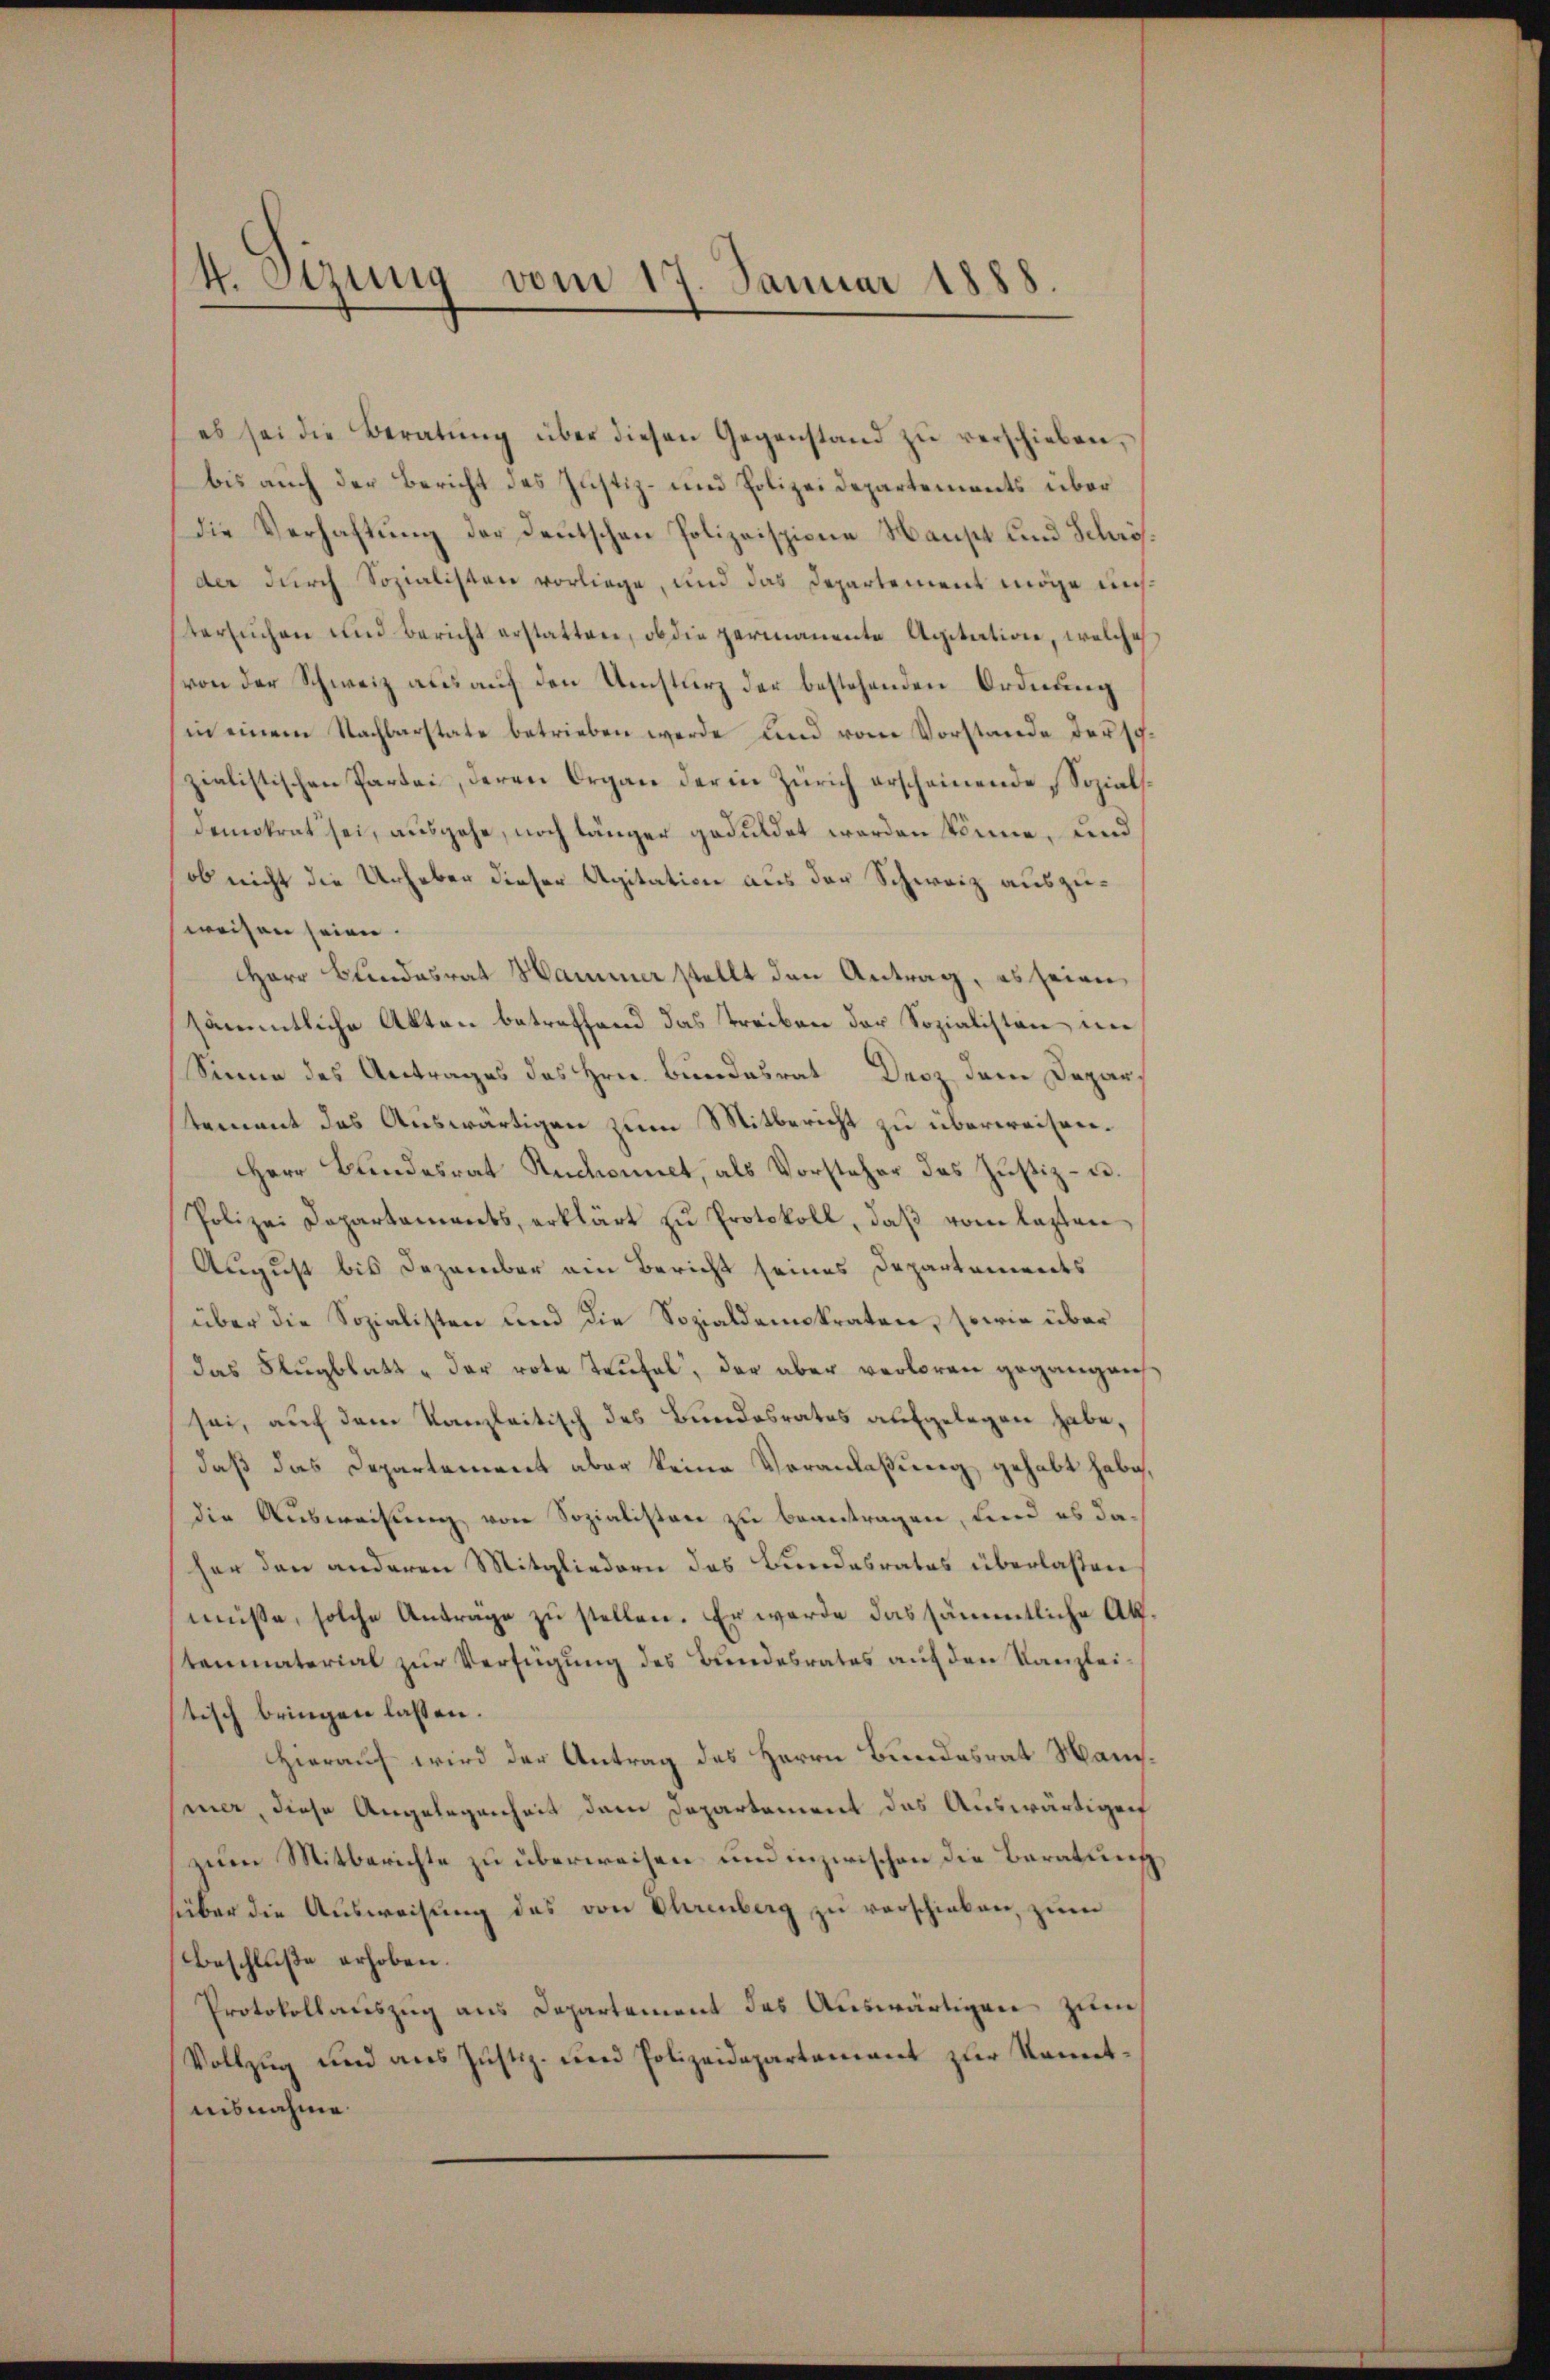
es sei die Beratŭng über diesen Gegenstand zŭ verschieben,
bis auch der Bericht des Justiz- und Polizei Departements über
die Verhaftung der Deutschen Polizeispiene Haupt und Schrösder durch Sozialisten vorliege, und das Departement möge unstersuchen und Bericht erstatten, ob die permanente Agitation, welche
(von der Schweiz aus auf den Umsturz der bestehenden Ordnung
in einem Nachbarstate betrieben werde und vom Vorstande der sozialistischen Partei, deren Organ der in Zürich erscheinende Sozial
demokrat sei, ausgehe, noch länger geduldet werden könne, und
ob nicht die Urheber dieser Agitation aus der Schweiz auszuweisen seien.
Herr Bundesrat Hammer stellt den Antrag, es seien
sämmtliche Akten betreffend das Treiben der Sozialisten un
Sinne des Antrages des Hrn. Bundesrat Droz dem Depar
tement des Auswärtigen zum Mitbericht zu überweisen.
Herr Bundesrat Ruchonnet, als Vorsteher das Justiz- u.
Polizei Departements, erklärt zŭ Protokoll, daβ vom lezten
August bis Dezember ein Bericht seines Departements
über die Sozialisten und die Sozialdemokraten, sowie über
das Flugblatt " der rote Teufel, der aber verloren gegangens
sei, auf dem Kanzleitisch des Bundesrates aufgelegen habe,
daß das Departement aber keine Voranlaßung gehabt habe,
die Ausweisung von Sozialisten zu beantragen, und es daher den anderen Mitgliedern das Bundesrates überlassen
müsse, solche Anträge zu stellen. Er werde das sämmtliche Akstenmaterial zur Verfügung des Bundesrates auf den Kanzleitisch bringen lassen.
Hierauf wird der Antrag des Herrn Bundesrat Mansmer, diese Angelegenheit dem Departement das Auswärtigen
zum Mitberichte zu überweisen und inzwischen die Beratung
über die Ausweisung des von Ohrenberg zu verschieben, zum
Beschluße erhoben.
Protokollauszug aus Departement des Auswärtigen zum
Vollzug und aus Justiz- und Polizeidepartement zur Namentnisnahme

4. Sizung vom 17. Januar 1888.